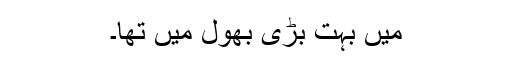
میں بہت بڑی بھول میں تھا۔